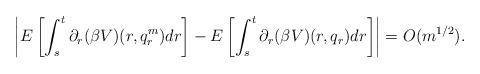
LaTeX: \begin{align*}\left|E\left[\int_s^t \partial_r (\beta V)(r,q_r^m)dr\right]-E\left[\int_s^t \partial_r (\beta V)(r,q_r)dr\right]\right|=O(m^{1/2}).\end{align*}